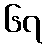
၆၇